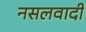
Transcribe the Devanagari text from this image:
नसलवादी